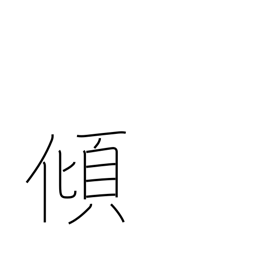
Meaning: lean